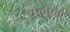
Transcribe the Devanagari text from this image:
शेलोम